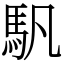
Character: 䭵